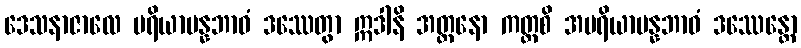
ဒေသနာဇာလေ ပရိယာပန္နဘာဝံ ဒဿေတွာ ဣဒါနိ အတ္တနော ကတ္ထစိ အပရိယာပန္နဘာဝံ ဒဿေန္တော